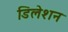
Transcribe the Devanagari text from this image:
डिलेशन